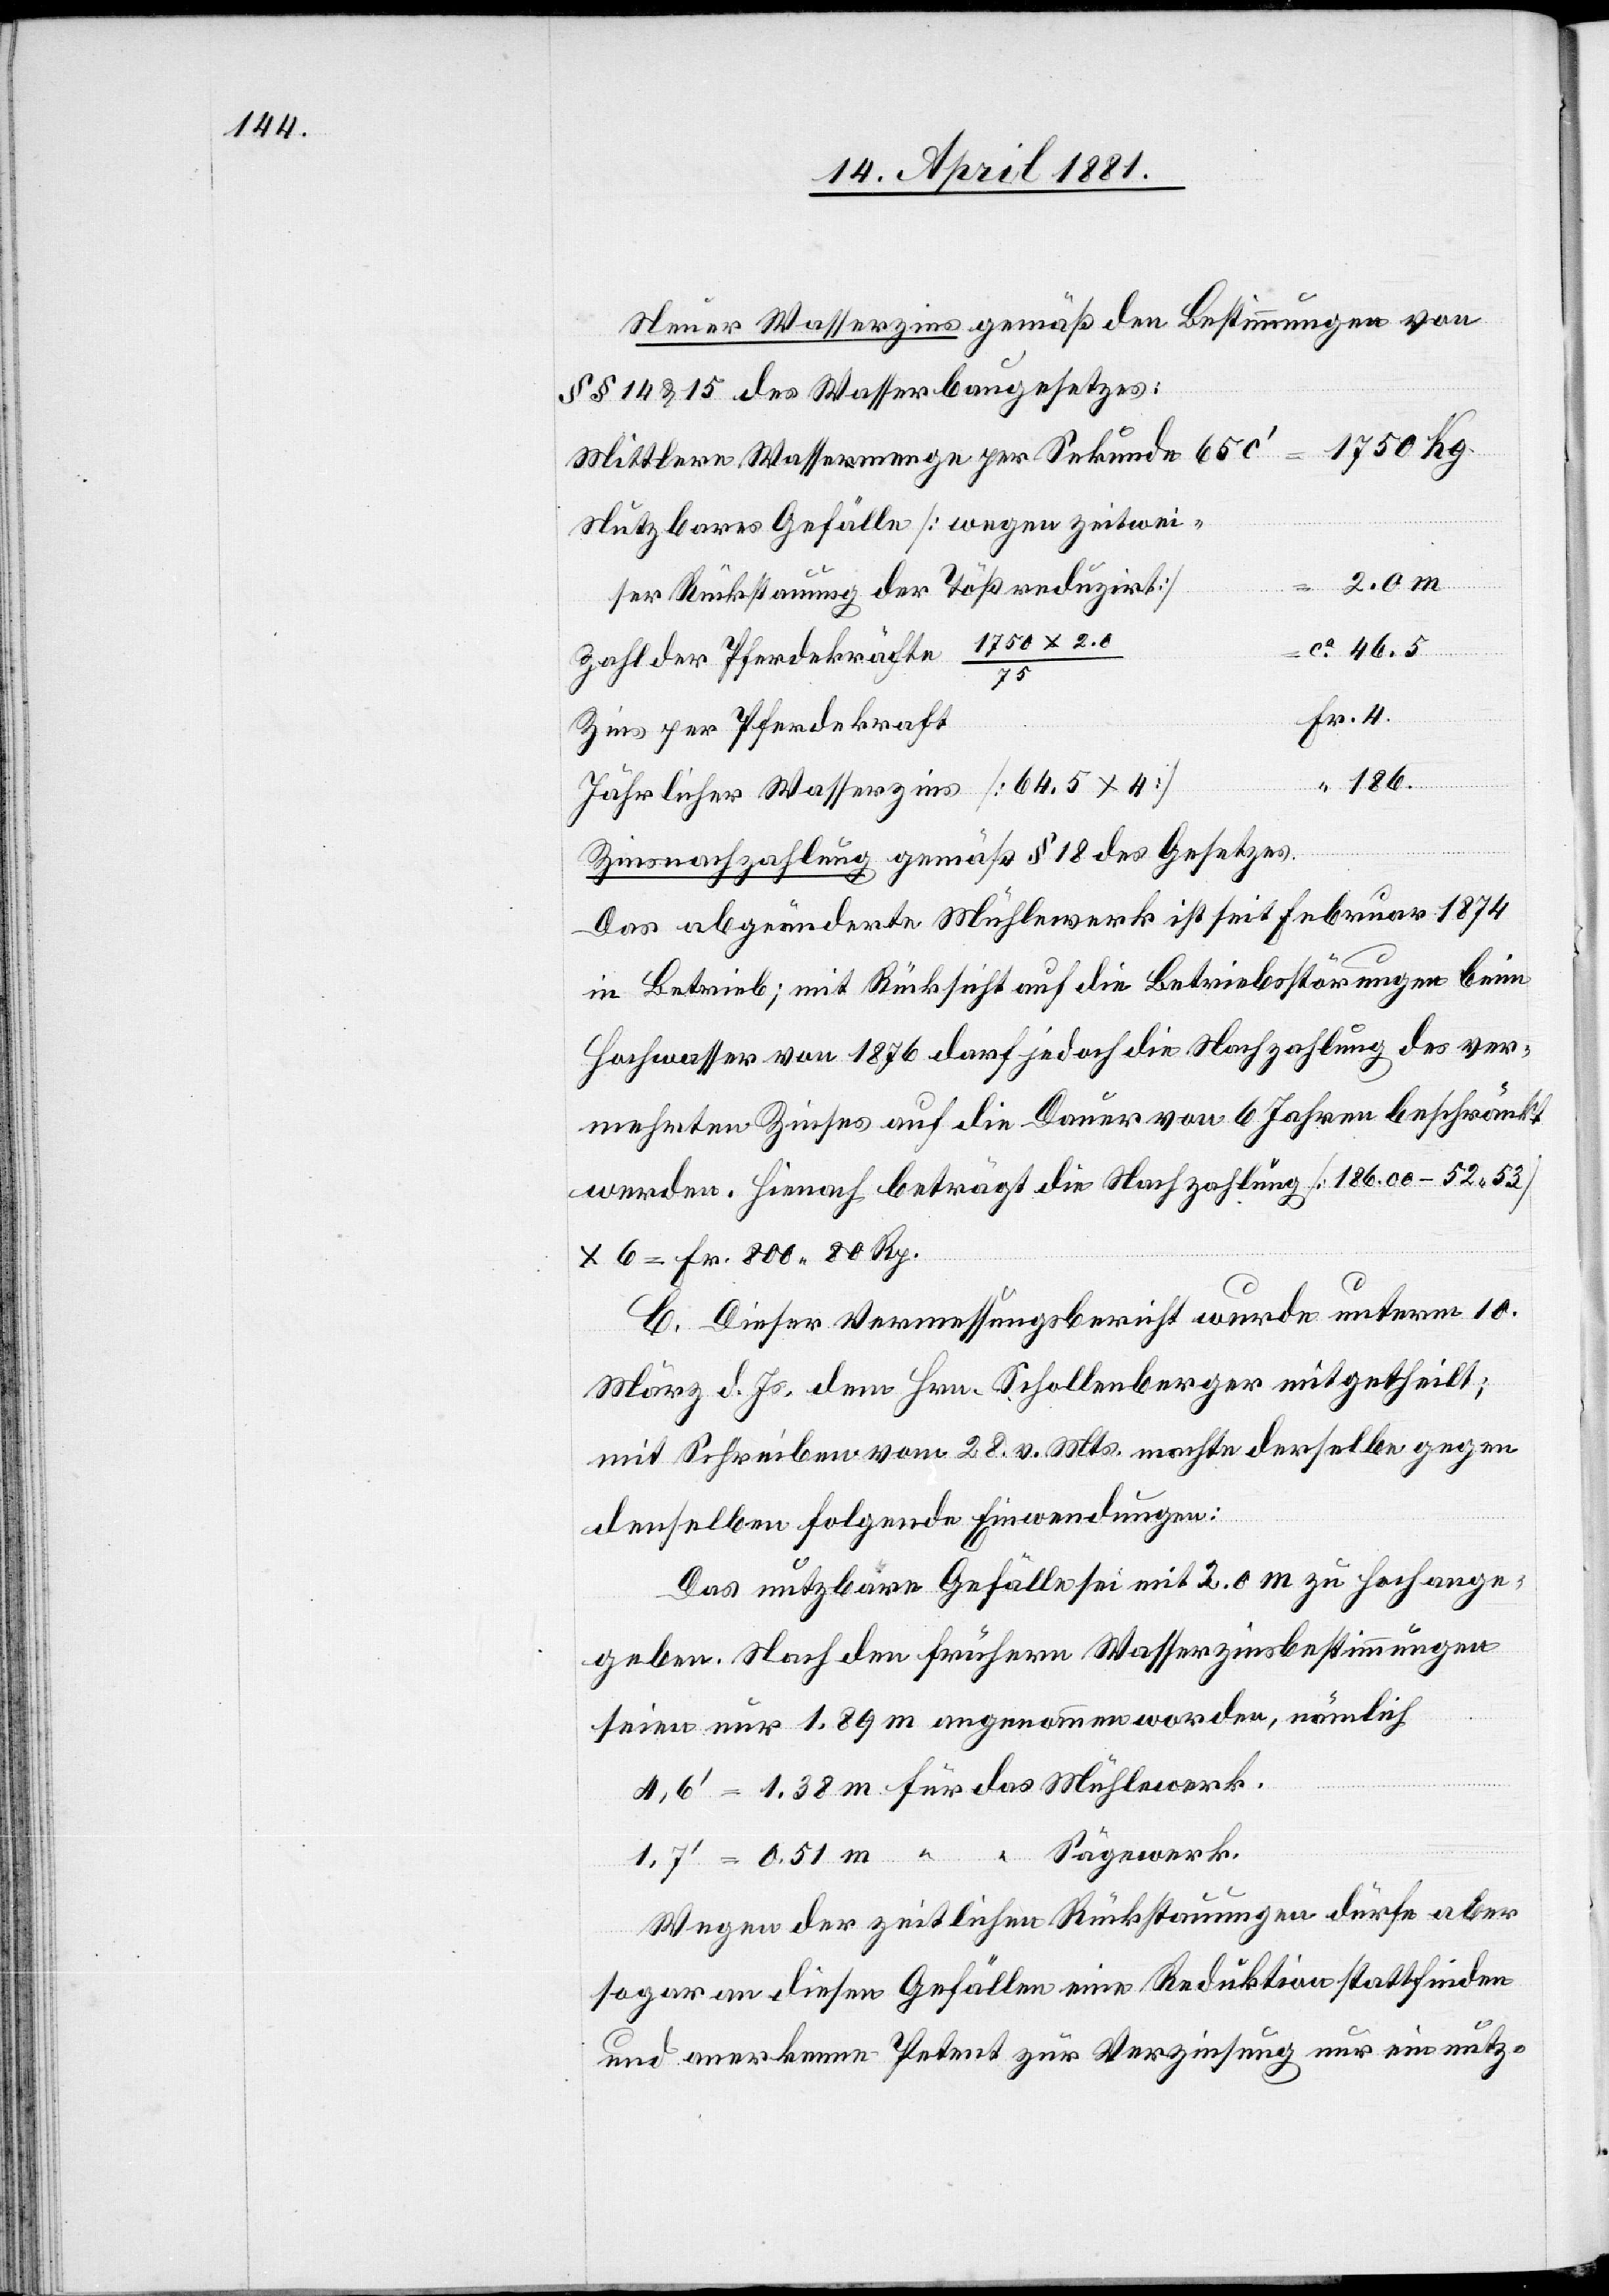
Neuer Wasserzins gemäß den Bestimmungen von
§§ 14 & 15 des Wasserbaugesetzes:
Nutzbares Gefälle [wegen zeitwei¬
ser Rückstauung der Töß reduzirt]
ca 46.5
2.
Zahl der Pferdekräfte 1750 x 2.6/75
Kg.
Fr. 4.
Zins per Pferdekraft
Urkunde 65
“ 186.
Jährlicher Wasserzins [64.5 x 4]
Zinsnachzahlung gemäß § 18 des Gesetzes.
Das abgeänderte Mühlewerk ist seit Februar 1874
in Betrieb; mit Rücksicht auf die Betriebsstörungen beim
Hochwasser von 1876 darf jedoch die Nachzahlung des ver¬
mehrten Zinses auf die Dauer von 6 Jahren beschränkt
werden. Hienach beträgt die Nachzahlung [186.00 – 52.53]
x 6 = Fr. 800.80 Rp.
C. Dieser Vermessungsbericht wurde unterm 10.
März d. Js. dem Hrn. Schollenberger mitgetheilt;
mit Schreiben vom 28. v. Mts. machte derselbe gegen
denselben folgende Einwendungen:
Das nutzbare Gefälle sei mit 2.0 m zu hoch ange¬
geben. Nach den frühern Wasserzinsbestimmungen
seien nur 1.89 m angenommen worden, nämlich
5.6‘ = 1.38 m für das Mühlewerk.
1.7‘ = 0.51 m “ “ Sägewerk.
Wegen der zeitlichen Rückstauung dürfe aber
sogar an diesen Gefällen eine Reduktion stattfinden
und anerkenne Petent zur Verzinsung nur ein nutz-